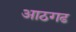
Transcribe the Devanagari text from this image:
आठगढ